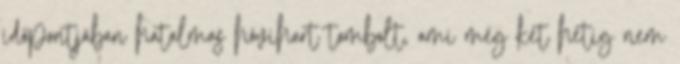
időpontjában hatalmas hóvihart tombolt, ami még két hétig nem